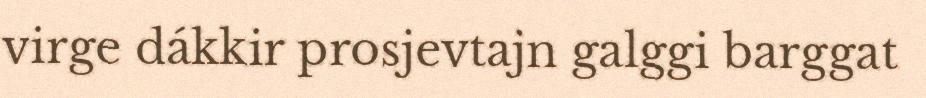
virge dákkir prosjevtajn galggi barggat